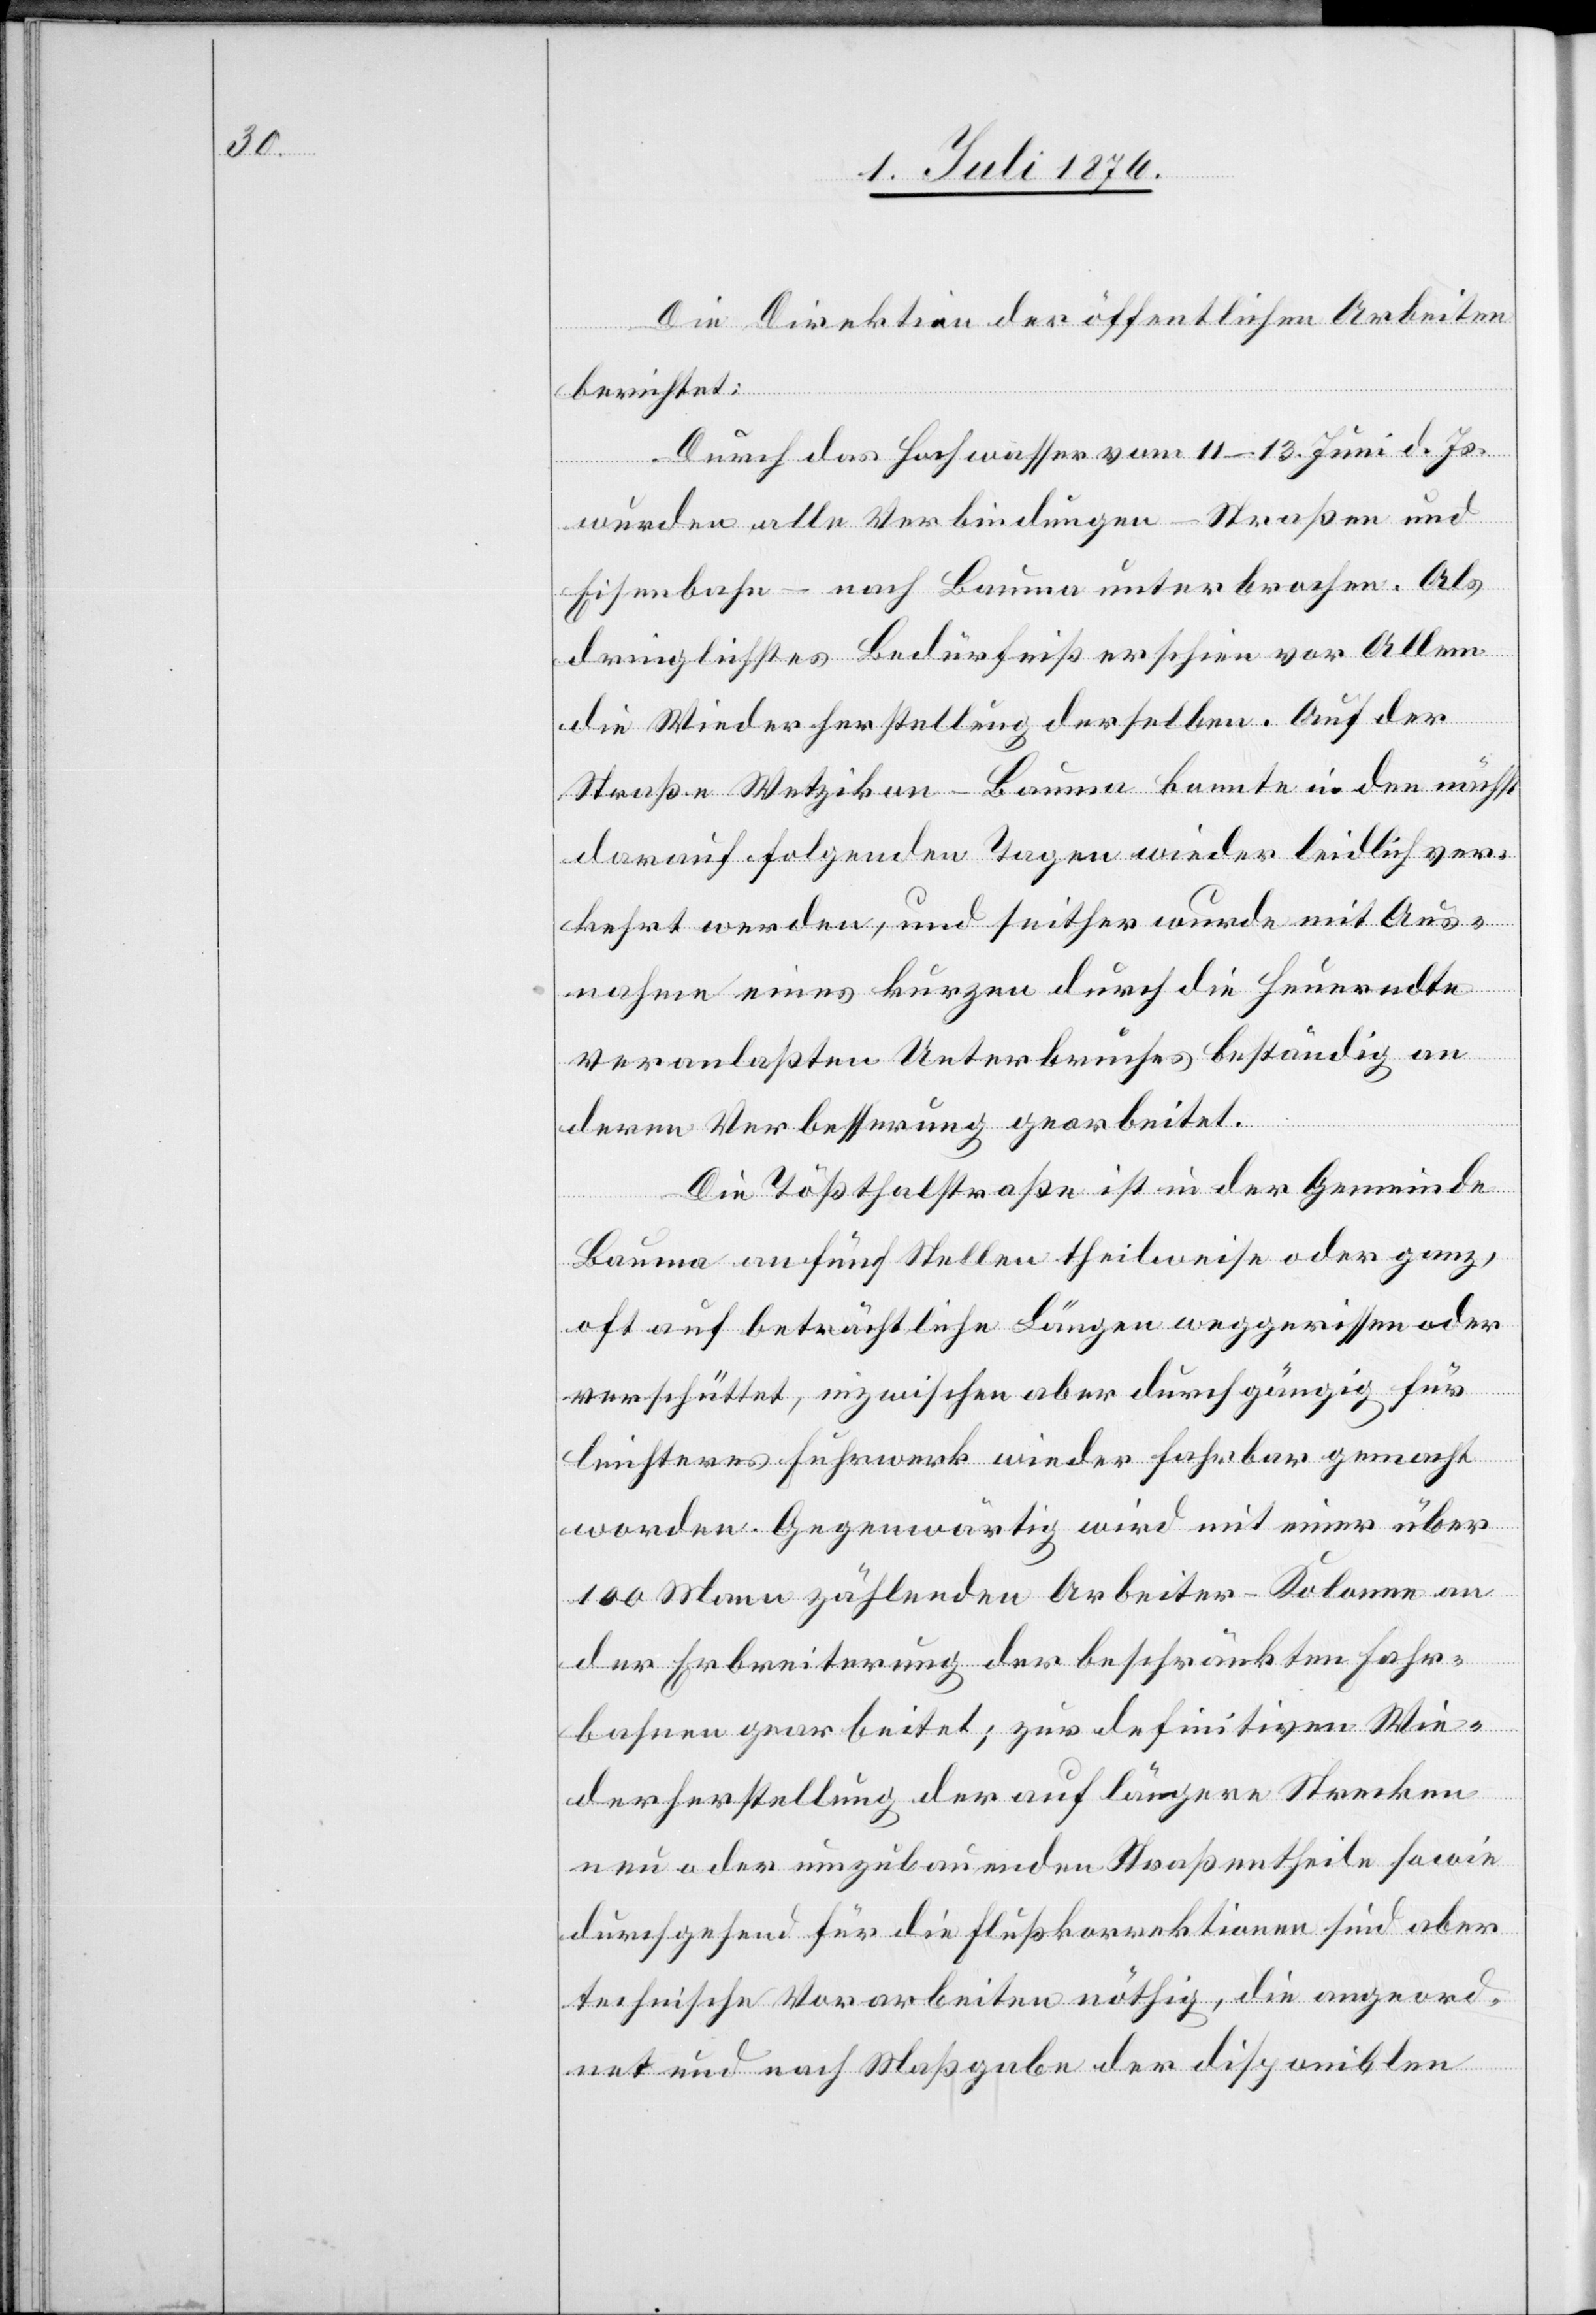
Die Direktion der öffentlichen Arbeiten
berichtet:
Durch das Hochwasser vom 11.–13. [sic!] Juni d. Js.
wurden alle Verbindungen – Straßen und
Eisenbahn – nach Bauma unterbrochen. Als
dringlichstes Bedürfniß erschien vor Allem
die Wiederherstellung derselben. Auf der
Straße Wetzikon–Bauma konnte in den nächst
darauf folgenden Tagen wieder leidlich ver¬
kehrt werden, und seither wurde mit Aus¬
nahme eines kurzen durch die Heuerndte
veranlaßten Unterbruches beständig an
deren Verbesserung gearbeitet.
Die Tößthalstraße ist in der Gemeinde
Bauma an fünf Stellen theilweise oder ganz,
oft auf beträchtliche Längen weggerissen oder
verschüttet, inzwischen aber durchgängig für
leichteres Fuhrwerk wieder fahrbar gemacht
worden. Gegenwärtig wird mit einer über
100 Mann zählenden Arbeiter-Kolonne an
der Erbreiterung der beschränkten Fahr¬
bahnen gearbeitet; zur definitiven Wie¬
derherstellung der auf längere Strecken
neu oder umzubauenden Straßentheile sowie
durchgehend für die Flußkorrektionen sind aber
technische Vorarbeiten nöthig, die angeord¬
net und nach Maßgabe der disponiblen